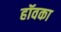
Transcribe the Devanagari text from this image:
हॉवका